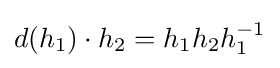
d(h_{1})\cdot h_{2}=h_{1}h_{2}h_{1}^{-1}